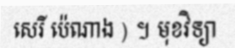
សេរី ប៉េណាង ) ។ មុខវិទ្យា